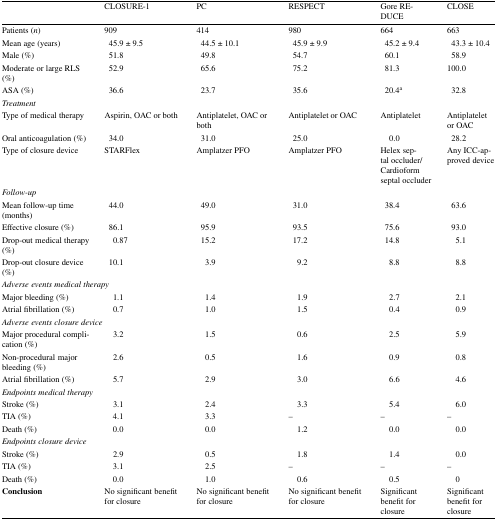
<table><thead><tr><td></td><td><b>CLOSURE-1</b></td><td><b>PC</b></td><td><b>RESPECT</b></td><td><b>Gore REDUCE</b></td><td><b>CLOSE</b></td></tr></thead><tbody><tr><td>Patients (<i>n</i>)</td><td>909</td><td>414</td><td>980</td><td>664</td><td>663</td></tr><tr><td>Mean age (years)</td><td> 45.9 ± 9.5</td><td> 44.5 ± 10.1</td><td> 45.9 ± 9.9</td><td> 45.2 ± 9.4</td><td> 43.3 ± 10.4</td></tr><tr><td>Male (%)</td><td> 51.8</td><td> 49.8</td><td> 54.7</td><td> 60.1</td><td> 58.9</td></tr><tr><td>Moderate or large RLS (%)</td><td> 52.9</td><td> 65.6</td><td> 75.2</td><td> 81.3</td><td>100.0</td></tr><tr><td>ASA (%)</td><td> 36.6</td><td> 23.7</td><td> 35.6</td><td> 20.4<sup>a</sup></td><td> 32.8</td></tr><tr><td colspan="6"><i>Treatment</i></td></tr><tr><td>Type of medical therapy</td><td>Aspirin, OAC or both</td><td>Antiplatelet, OAC or both</td><td>Antiplatelet or OAC</td><td>Antiplatelet</td><td>Antiplatelet or OAC</td></tr><tr><td>Oral anticoagulation (%)</td><td> 34.0</td><td> 31.0</td><td> 25.0</td><td>0.0</td><td> 28.2</td></tr><tr><td>Type of closure device</td><td>STARFlex</td><td>Amplatzer PFO</td><td>Amplatzer PFO</td><td>Helex septal occluder/Cardioform septal occluder</td><td>Any ICC-approved device</td></tr><tr><td colspan="6"><i>Follow-up</i></td></tr><tr><td>Mean follow-up time (months)</td><td> 44.0</td><td> 49.0</td><td> 31.0</td><td> 38.4</td><td> 63.6</td></tr><tr><td>Effective closure (%)</td><td> 86.1</td><td> 95.9</td><td> 93.5</td><td> 75.6</td><td> 93.0</td></tr><tr><td>Drop-out medical therapy (%)</td><td>0.87</td><td> 15.2</td><td> 17.2</td><td> 14.8</td><td>5.1</td></tr><tr><td>Drop-out closure device (%)</td><td> 10.1</td><td>3.9</td><td>9.2</td><td>8.8</td><td>8.8</td></tr><tr><td colspan="6"><i>Adverse events medical therapy</i></td></tr><tr><td>Major bleeding (%)</td><td>1.1</td><td>1.4</td><td>1.9</td><td>2.7</td><td>2.1</td></tr><tr><td>Atrial fibrillation (%)</td><td>0.7</td><td>1.0</td><td>1.5</td><td>0.4</td><td>0.9</td></tr><tr><td colspan="6"><i>Adverse events closure device</i></td></tr><tr><td>Major procedural complication (%)</td><td>3.2</td><td>1.5</td><td>0.6</td><td>2.5</td><td>5.9</td></tr><tr><td>Non-procedural major bleeding (%)</td><td>2.6</td><td>0.5</td><td>1.6</td><td>0.9</td><td>0.8</td></tr><tr><td>Atrial fibrillation (%)</td><td>5.7</td><td>2.9</td><td>3.0</td><td>6.6</td><td>4.6</td></tr><tr><td colspan="6"><i>Endpoints medical therapy</i></td></tr><tr><td>Stroke (%)</td><td>3.1</td><td>2.4</td><td>3.3</td><td>5.4</td><td>6.0</td></tr><tr><td>TIA (%)</td><td>4.1</td><td>3.3</td><td>–</td><td>–</td><td>–</td></tr><tr><td>Death (%)</td><td>0.0</td><td>0.0</td><td>1.2</td><td>0.0</td><td>0.0</td></tr><tr><td colspan="6"><i>Endpoints closure device</i></td></tr><tr><td>Stroke (%)</td><td>2.9</td><td>0.5</td><td>1.8</td><td>1.4</td><td>0.0</td></tr><tr><td>TIA (%)</td><td>3.1</td><td>2.5</td><td>–</td><td>–</td><td>–</td></tr><tr><td>Death (%)</td><td>0.0</td><td>1.0</td><td>0.6</td><td>0.5</td><td>0</td></tr><tr><td><b>Conclusion</b></td><td>No significant benefit for closure</td><td>No significant benefit for closure</td><td>No significant benefit for closure</td><td>Significant benefit for closure</td><td>Significant benefit for closure</td></tr></tbody></table>